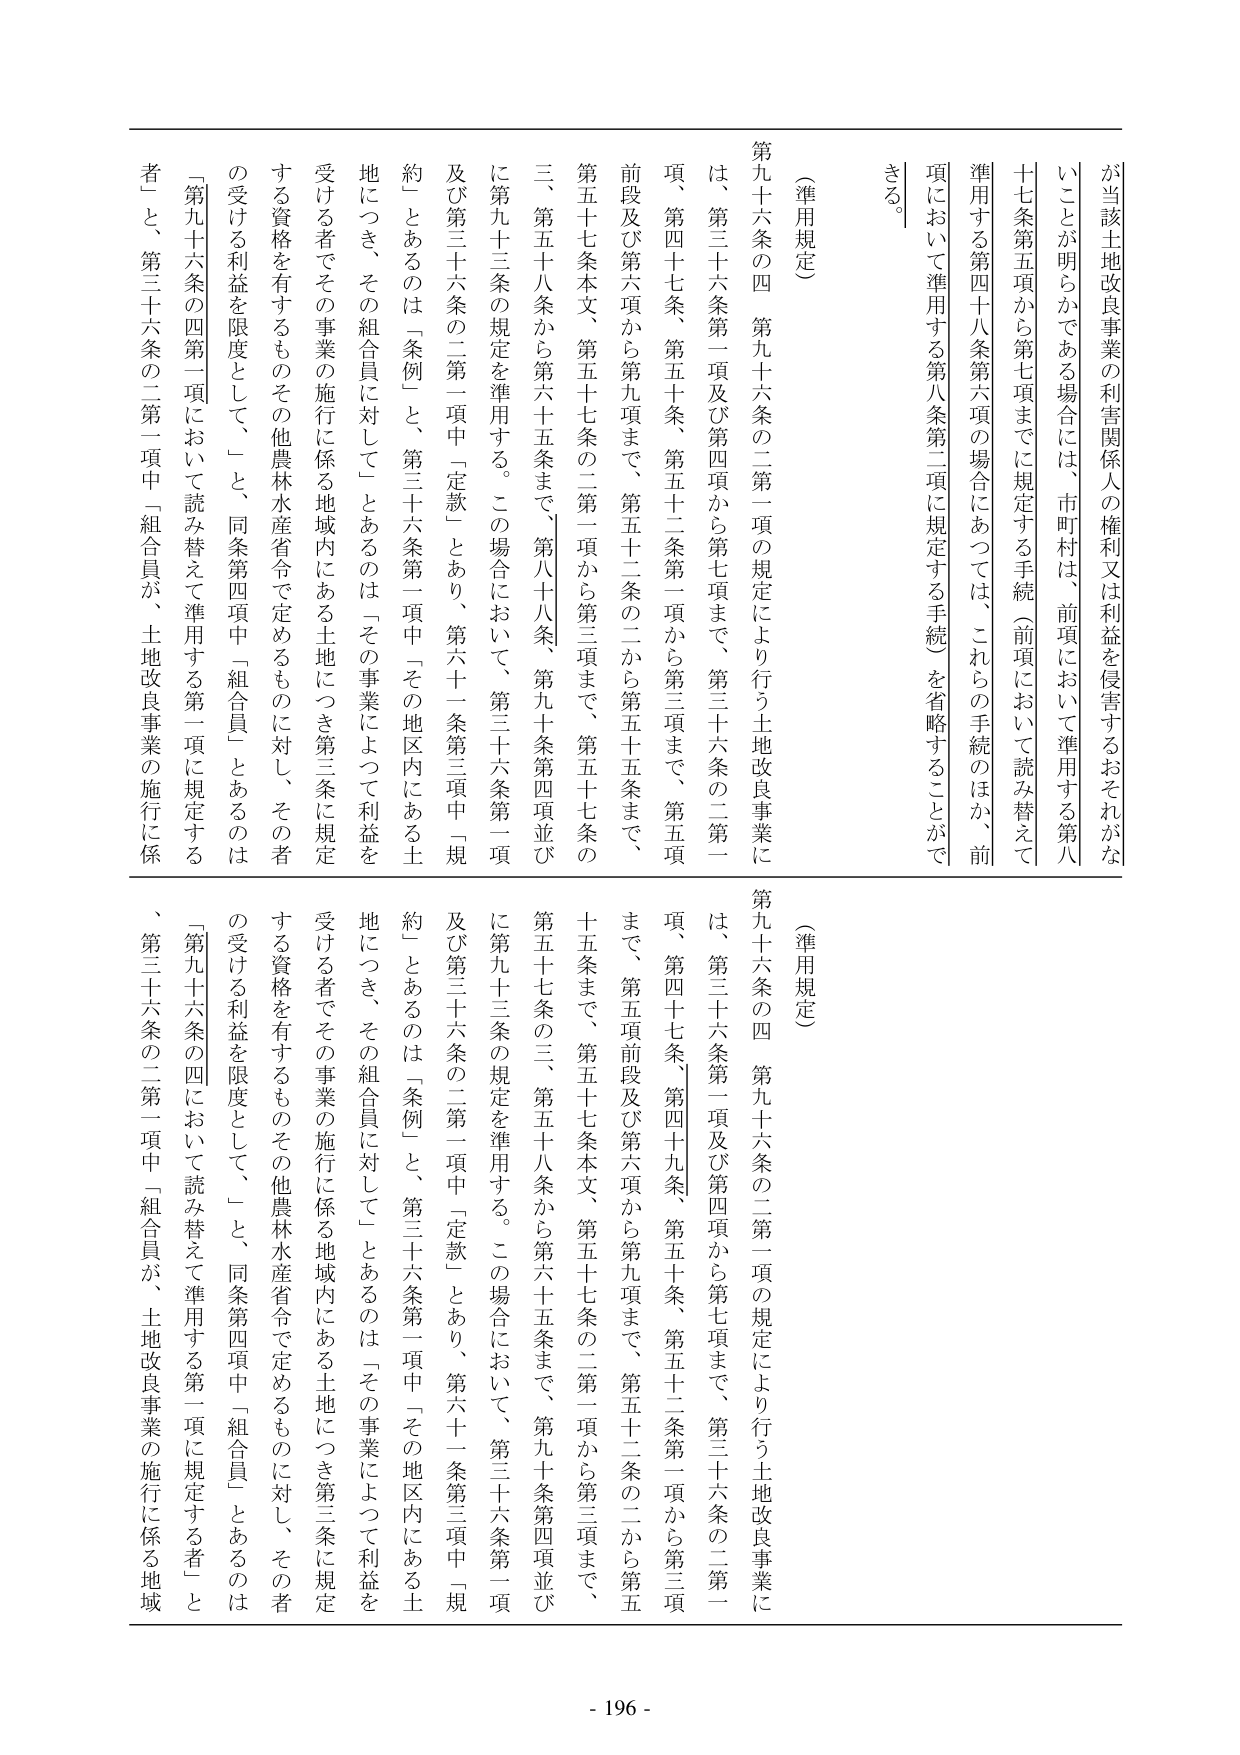
が当該土地改良事業の利害関係人の権利又は利益を侵害するおそれがないことが明らかである場合には、市町村は、前項において準用する第八十七条第五項から第七項までに規定する手続（前項において読み替えて準用する第四十八条第六項の場合にあつては、これらの手続のほか、前項において準用する第八条第二項に規定する手続）を省略することができる。

（準用規定）

第九十六条の四 第九十六条の二第一項の規定により行う土地改良事業には、第三十六条第一項及び第四項から第七項まで、第三十六条の二第一項、第四十七条、第五十条、第五十二条第一項から第三項まで、第五項前段及び第六項から第九項まで、第五十二条の二から第五十五条まで、第五十七条本文、第五十七条の二第一項から第三項まで、第五十七条の三、第五十八条から第六十五条まで、第八十八条、第九十条第四項並びに第九十三条の規定を準用する。この場合において、第三十六条第一項及び第三十六条の二第一項中「定款」とあり、第六十一条第三項中「規約」とあるのは「条例」と、第三十六条第一項中「その地区内にある土地につき、その組合員に対して」とあるのは「その事業によつて利益を受ける者でその事業の施行に係る地域内にある土地につき第三条に規定する資格を有するものその他農林水産省令で定めるものに対し、その者の受ける利益を限度として、」と、同条第四項中「組合員」とあるのは「第九十六条の四第一項において読み替えて準用する第一項に規定する者」と、第三十六条の二第一項中「組合員が、土地改良事業の施行に係

（準用規定）

第九十六条の四 第九十六条の二第一項の規定により行う土地改良事業には、第三十六条第一項及び第四項から第七項まで、第三十六条の二第一項、第四十七条、第四十九条、第五十条、第五十二条第一項から第三項まで、第五項前段及び第六項から第九項まで、第五十二条の二から第五十五条まで、第五十七条本文、第五十七条の二第一項から第三項まで、第五十七条の三、第五十八条から第六十五条まで、第八十八条、第九十条第四項並びに第九十三条の規定を準用する。この場合において、第三十六条第一項及び第三十六条の二第一項中「定款」とあり、第六十一条第三項中「規約」とあるのは「条例」と、第三十六条第一項中「その地区内にある土地につき、その組合員に対して」とあるのは「その事業によつて利益を受ける者でその事業の施行に係る地域内にある土地につき第三条に規定する資格を有するものその他農林水産省令で定めるものに対し、その者の受ける利益を限度として、」と、同条第四項中「組合員」とあるのは「第九十六条の四において読み替えて準用する第一項に規定する者」と、第三十六条の二第一項中「組合員が、土地改良事業の施行に係る地域

- 196 -